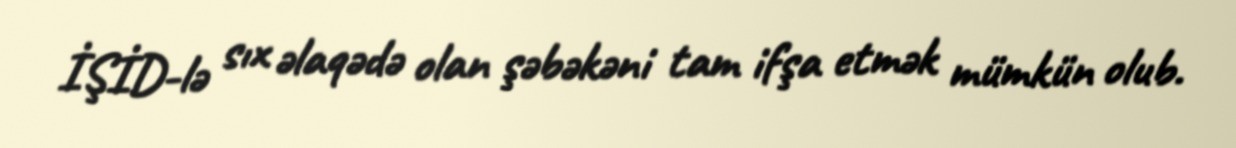
İŞİD-lə sıx əlaqədə olan şəbəkəni tam ifşa etmək mümkün olub.